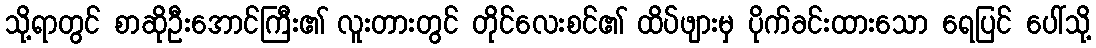
သို့ရာတွင် စာဆိုဦးအောင်ကြီး၏ လူးတားတွင် တိုင်လေးစင်၏ ထိပ်ဖျားမှ ပိုက်ခင်းထားသော ရေပြင် ပေါ်သို့